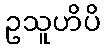
ဥသူဟိပိ